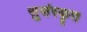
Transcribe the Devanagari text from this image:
सुसंस्कॄत